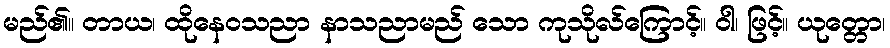
မည်၏။ တာယ၊ ထိုနေဝသညာ နာသညာမည် သော ကုသိုလ်ကြောင့်။ ဝါ၊ ဖြင့်။ ယုတ္တော၊